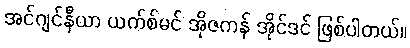
အင်ဂျင်နီယာ ယက်စ်မင် အိုဇကန် အိုင်ဒင် ဖြစ်ပါတယ်။